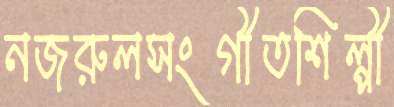
নজরুলসংগীতশিল্পী